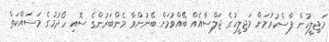
މަޖިލީހުން ފާސްކުރުމަށް މަޖިލީހުގެ ޖަލްސާއެއް ބޭއްވުމަށް ބޭނުންވާ މެންބަރުންގެ ސޮއި ހޯދުމުގެ މަސައްކަތް